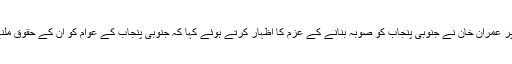
اس موقع پر عمران خان نے جنوبی پنجاب کو صوبہ بنانے کے عزم کا اظہار کرتے ہوئے کہا کہ جنوبی پنجاب کے عوام کو ان کے حقوق ملنے چاہئیں۔